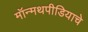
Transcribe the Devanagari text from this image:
मॉन्मथपीडियाचे